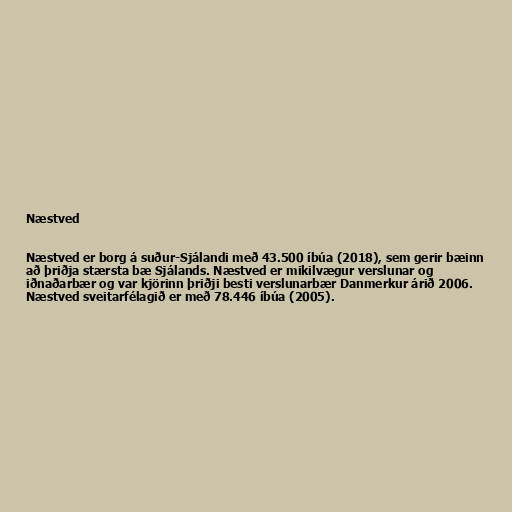
Næstved

Næstved er borg á suður-Sjálandi með 43.500 íbúa (2018), sem gerir bæinn
að þriðja stærsta bæ Sjálands. Næstved er mikilvægur verslunar og
iðnaðarbær og var kjörinn þriðji besti verslunarbær Danmerkur árið 2006.
Næstved sveitarfélagið er með 78.446 íbúa (2005).